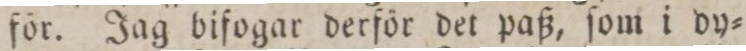
för. Jag bifogar derför det paß, ſom i dy=